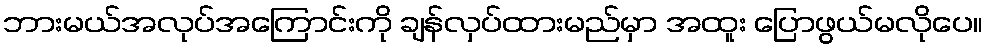
ဘားမယ်အလုပ်အကြောင်းကို ချန်လှပ်ထားမည်မှာ အထူး ပြောဖွယ်မလိုပေ။